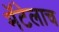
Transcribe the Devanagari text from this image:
मॅटेलाच